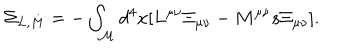
\Sigma _ { L , M } = - \int _ { \cal M } d ^ { 4 } x \lbrack L ^ { \mu \nu } \Xi _ { \mu \nu } - M ^ { \mu \nu } s \Xi _ { \mu \nu } \rbrack .